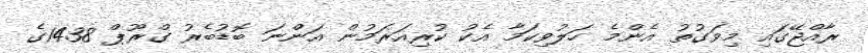
ރާއްޖޭގައި މިވަގުތު އެންމެ ހަލުވިކަމާ އެކު ކުރިއަރަމުން އަންނަ ބޮޑުބެރު ގްރޫޕް 1438ގެ